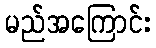
မည်အကြောင်း